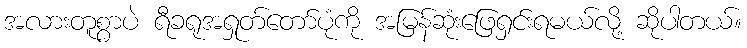
အလားတူစွာပဲ ရီခရုအရှုတ်တော်ပုံကို အမြန်ဆုံးဖြေရှင်းရမယ်လို့ ဆိုပါတယ်။